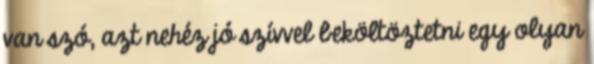
van szó, azt nehéz jó szívvel beköltöztetni egy olyan